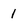
Character: 1